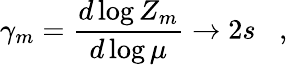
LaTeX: \gamma_{m}={\frac{d\log Z_{m}}{d\log\mu}}\rightarrow 2s\; \; \; ,